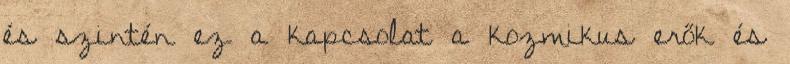
és szintén ez a kapcsolat a kozmikus erők és